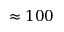
\approx 1 0 0